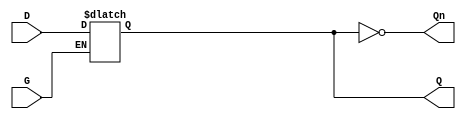
module gated_latch (
    input wire D,    // Data input
    input wire G,    // Enable signal
    output reg Q,    // Output
    output wire Qn   // Complement of output
);

// Assign the complement of Q to Qn
assign Qn = ~Q;

// Always block that captures the input data based on the enable signal
always @(*) begin
    if (G) begin
        Q = D;  // Latch is transparent, output follows input
    end
    // When G is low, Q retains its previous value (implicit behavior of reg)
end

endmodule